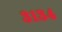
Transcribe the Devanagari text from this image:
३१३४